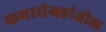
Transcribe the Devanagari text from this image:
कथासंग्रहांतील